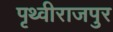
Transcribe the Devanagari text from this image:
पृथ्वीराजपुर